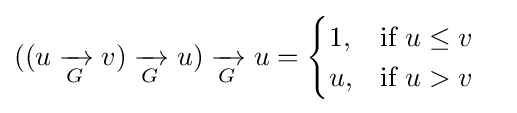
{\begin{aligned}((u\mathrel {\xrightarrow[{G}]{}} v)\mathrel {\xrightarrow[{G}]{}} u)\mathrel {\xrightarrow[{G}]{}} u&={\begin{cases}1,&{\text{if }}u\leq v\\u,&{\text{if }}u>v\end{cases}}\end{aligned}}